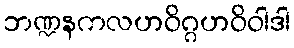
ဘဏ္ဍနကလဟဝိဂ္ဂဟဝိဝါဒါ